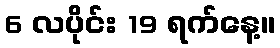
6 လပိုင်း 19 ရက်နေ့။